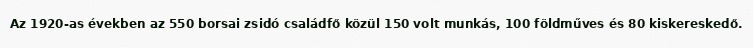
Az 1920-as években az 550 borsai zsidó családfő közül 150 volt munkás, 100 földműves és 80 kiskereskedő.